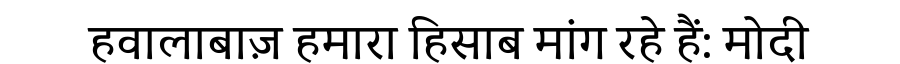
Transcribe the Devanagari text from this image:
हवालाबाज़ हमारा हिसाब मांग रहे हैं: मोदी